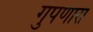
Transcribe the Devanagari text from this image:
गुंपणारा